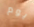
يوم